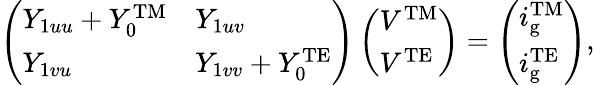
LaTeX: \left(\begin{array}{ll}{Y_{1uu}+Y_{0}^{\mathrm{TM}}}&{Y_{1uv}}\\ {Y_{1vu}}&{Y_{1vv}+Y_{0}^{\mathrm{TE}}}\end{array}\right)\left(\begin{array}{l}{V^{\mathrm{TM}}}\\ {V^{\mathrm{TE}}}\end{array}\right)=\left(\begin{array}{l}{i_{\mathrm{g}}^{\mathrm{TM}}}\\ {i_{\mathrm{g}}^{\mathrm{TE}}}\end{array}\right),